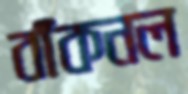
বাঁকনল